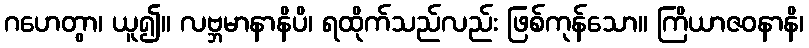
ဂဟေတွာ၊ ယူ၍။ လဗ္ဘမာနာနိပိ၊ ရထိုက်သည်လည်း ဖြစ်ကုန်သော။ ကြိယာဇဝနာနိ၊